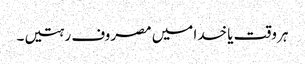
ہر وقت یا خدا میں مصروف رہتیں۔